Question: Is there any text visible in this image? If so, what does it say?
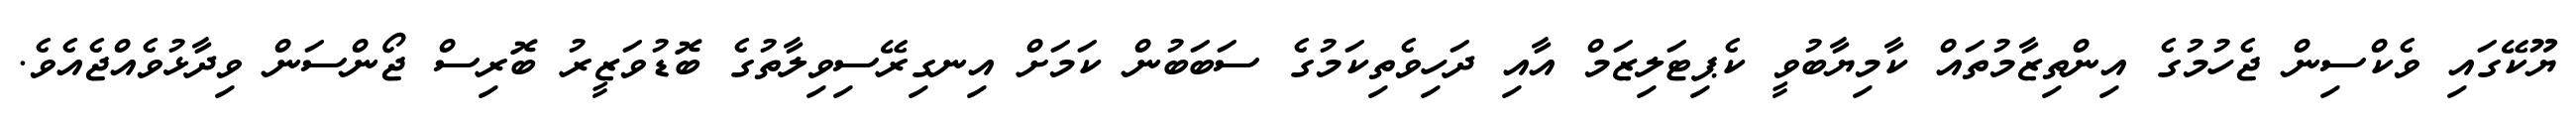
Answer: ޔޫކޭގައި ވެކްސިން ޖެހުމުގެ އިންތިޒާމުތައް ކާމިޔާބުވީ ކެޕިޓަލިޒަމް އާއި ދަހިވެތިކަމުގެ ސަބަބުން ކަމަށް އިނގިރޭސިވިލާތުގެ ބޮޑުވަޒީރު ބޮރިސް ޖޯންސަން ވިދާޅުވެއްޖެއެވެ.